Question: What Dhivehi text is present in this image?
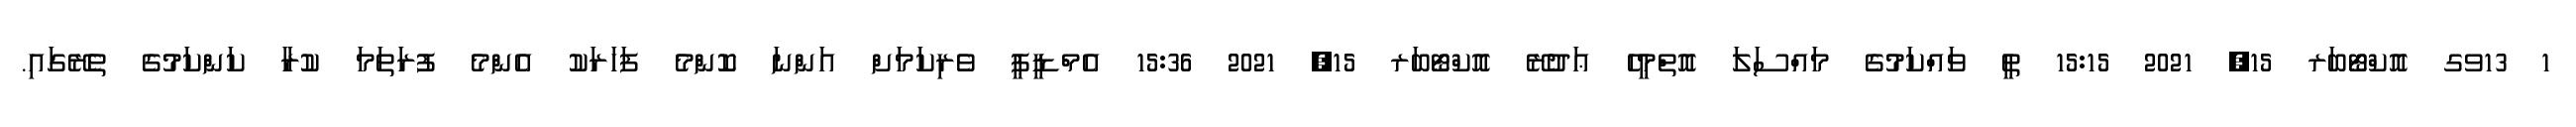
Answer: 1 13ވގ އޮކްޓޯބަރ 15, 2021 15:15 ތީ ވައްކަމުގެ މައްސަލަ އޮތްމީހެ ޢަދުރޭ އޮކްޓޯބަރ 15, 2021 15:36 އެމްޑީޕީ ވެރިކަމަށް އަންނަ ކޮންމެ ފަހަރަކު އެންމެ ފުރަތަމަ ކުރާ ކަންކަމުގެ ތެރޭގައި.